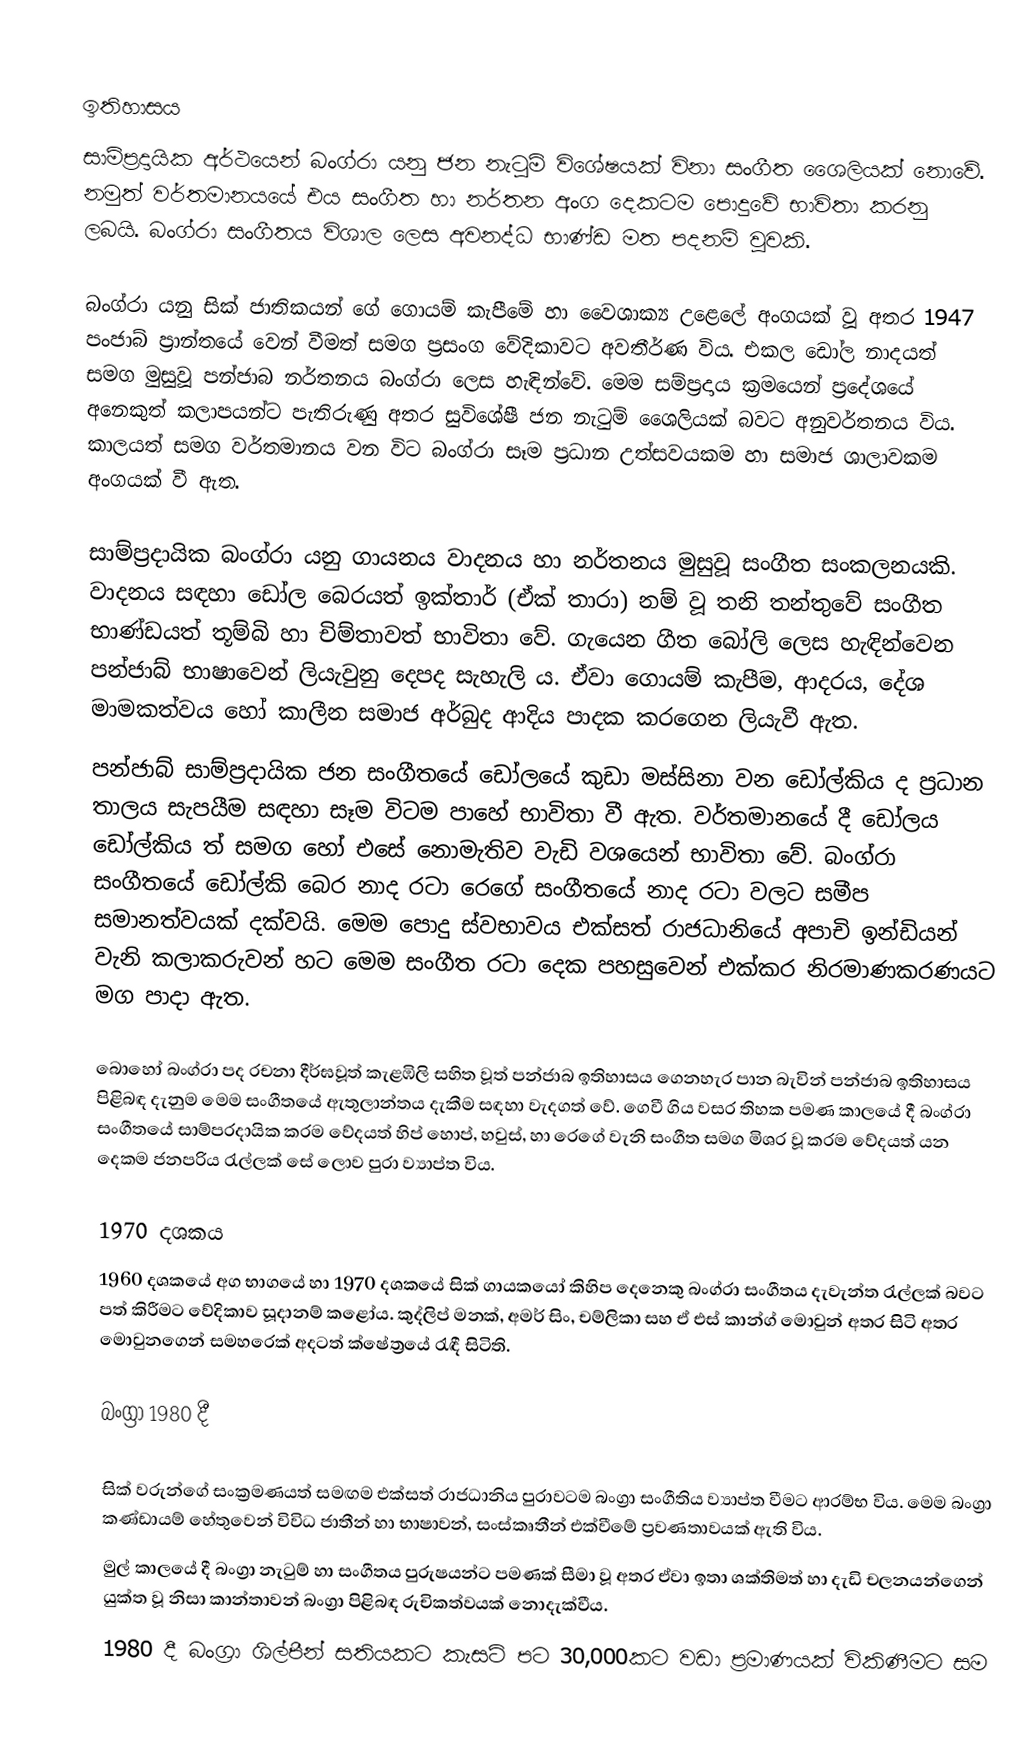

ඉතිහාසය
සාම්ප‍්‍රදායික අර්ථයෙන් බංග්රා යනු ජන නැටුම් විශේෂයක් විනා සංගීත ශෛලියක් නොවේ. නමුත් වර්තමානයයේ එය සංගීත හා නර්තන අංග දෙකටම පොදුවේ භාවිතා කරනු ලබයි. බංග්රා සංගීතය විශාල ලෙස අවනද්ධ භාණ්ඩ මත පදනම් වූවකි.

බංග්රා යනු සික් ජාතිකයන් ගේ ගොයම් කැපීමේ හා වෛශාක්‍ය උළෙලේ අංගයක් වූ අතර 1947 පංජාබ් ප‍්‍රාන්තයේ වෙන් වීමත් සමග ප‍්‍රසංග වේදිකාවට අවතීර්ණ විය. එකල ඩෝල නාදයත් සමග මුසුවූ පන්ජාබ නර්තනය බංග්රා ලෙස හැඳින්වේ. මෙම සම්ප‍්‍රදාය ක‍්‍රමයෙන් ප‍්‍රදේශයේ අනෙකුත් කලාපයන්ට පැතිරුණු අතර සුවිශේෂී ජන නැටුම් ශෛලියක් බවට අනුවර්තනය විය. කාලයත් සමග වර්තමානය වන විට බංග්රා සෑම ප‍්‍රධාන උත්සවයකම හා සමාජ ශාලාවකම  අංගයක් වී ඇත.

සාම්ප‍්‍රදායික බංග්රා යනු ගායනය වාදනය හා නර්තනය මුසුවූ සංගීත සංකලනයකි. වාදනය සඳහා ඩෝල බෙරයත් ඉක්තාර් (ඒක් තාරා) නම් වූ තනි තන්තුවේ සංගීත භාණ්ඩයත් තූම්බි හා චිම්තාවත් භාවිතා වේ. ගැයෙන ගීත බෝලි ලෙස හැඳින්වෙන පන්ජාබ් භාෂාවෙන් ලියැවුනු දෙපද සැහැලි ය. ඒවා ගොයම් කැපීම, ආදරය, දේශ මාමකත්වය හෝ කාලීන සමාජ අර්බුද ආදිය පාදක කරගෙන ලියැවී ඇත.
පන්ජාබ් සාම්ප‍්‍රදායික ජන සංගීතයේ ඩෝලයේ කුඩා මස්සිනා වන ඩෝල්කිය ද ප‍්‍රධාන තාලය සැපයීම සඳහා සෑම විටම පාහේ භාවිතා වී ඇත. වර්තමානයේ දී ඩෝලය ඩෝල්කිය ත් සමග හෝ එසේ නොමැතිව වැඩි වශයෙන් භාවිතා වේ. බංග්රා සංගීතයේ ඩෝල්කි බෙර නාද රටා රෙගේ සංගීතයේ නාද රටා වලට සමීප සමානත්වයක් දක්වයි. මෙම පොදු ස්වභාවය එක්සත් රාජධානියේ අපාචි ඉන්ඩියන් වැනි කලාකරුවන් හට මෙම සංගීත රටා දෙක පහසුවෙන් එක්කර නිරමාණකරණයට මග පාදා ඇත.

බොහෝ බංග්රා පද රචනා දීර්ඝවූත් කැළඹිලි සහිත වූත් පන්ජාබ ඉතිහාසය ගෙනහැර පාන බැවින් පන්ජාබ ඉතිහාසය පිළිබඳ දැනුම මෙම සංගීතයේ ඇතුලාන්තය දැකීම සඳහා වැදගත් වේ. ගෙවී ගිය වසර තිහක පමණ කාලයේ දී බංග්රා සංගීතයේ සාම්ප‍්‍රදායික ක‍්‍රම වේදයත් හිප් හොප්, හවුස්, හා රෙගේ වැනි සංගීත සමග මිශ‍්‍ර වූ ක‍්‍රම වේදයත් යන දෙකම ජනප‍්‍රිය රැල්ලක් සේ ලොව පුරා ව්‍යාප්ත විය.

1970 දශකය
1960 දශකයේ අග භාගයේ හා 1970 දශකයේ සික් ගායකයෝ කිහිප දෙනෙකු බංග්රා සංගීතය දැවැන්ත රැල්ලක් බවට පත් කිරීමට වේදිකාව සූදානම් කළෝය. කුද්ලිප් මනක්, අමර් සිං, චම්ලිකා සහ ඒ එස් කාන්ග් මොවුන් අතර සිටි අතර මොවුනගෙන් සමහරෙක් අදටත් ක්ෂේත්‍රයේ රැඳී සිටිති.

බංග්‍රා 1980 දී

සික් වරුන්ගේ සංක්‍රමණයත් සමඟම එක්සත් රාජධානිය පුරාවටම බංග්‍රා සංගීතිය ව්‍යාප්ත වීමට ආරම්භ විය. මෙම බංග්‍රා කණ්ඩායම් හේතුවෙන් විවිධ ජාතීන් හා භාෂාවන්, සංස්කෘතීන් එක්වීමේ ප්‍රවණතාවයක් ඇති විය.
මුල් කාලයේ දී බංග්‍රා නැටුම් හා සංගීතය පුරුෂයන්ට පමණක් සීමා වූ අතර ඒවා ඉතා ශක්තිමත් හා දැඩි චලනයන්ගෙන් යුක්ත වූ නිසා කාන්තාවන් බංග්‍රා පිළිබඳ රුචිකත්වයක් නොදැක්වීය.
1980 දී බංග්‍රා ශිල්පීන් සතියකට කැසට් පට 30,000කට වඩා ප්‍රමාණයක් විකිණීමට සම